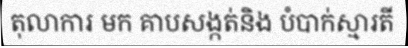
តុលាការ មក គាបសង្កត់និង បំបាក់ស្មារតី